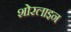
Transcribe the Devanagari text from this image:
शोरलाइन